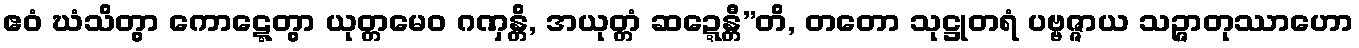
ဧဝံ ဃံသိတွာ ကောဋ္ဋေတွာ ယုတ္တမေဝ ဂဏှန္တိ, အယုတ္တံ ဆဍ္ဍေန္တီ”တိ, တတော သုဋ္ဌုတရံ ပဗ္ဗဇ္ဇာယ သဉ္ဇာတုဿာဟော